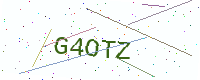
Text: G4OTZ